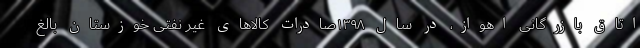
اتاق بازرگانی اهواز، در سال ۱۳۹۸صادرات کالاهای غیر نفتی خوزستان بالغ